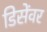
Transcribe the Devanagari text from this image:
डिसेंवर